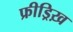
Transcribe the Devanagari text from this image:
फ्रीड्रिख़